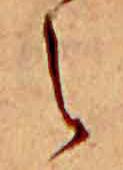
え